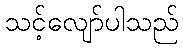
သင့်လျော်ပါသည်